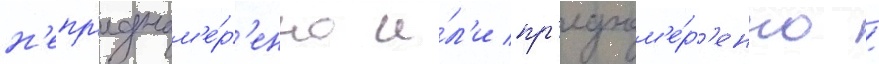
н'епр'еднам'е́р'енно и́л'и пр'еднам'е́р'енно /